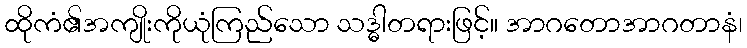
ထိုကံ၏အကျိုးကိုယုံကြည်သော သဒ္ဓါတရားဖြင့်။ အာဂတောအာဂတာနံ၊